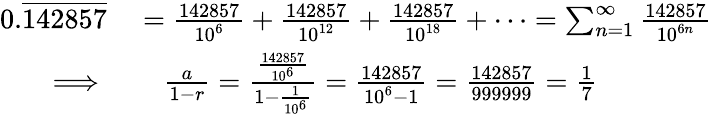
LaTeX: \begin{array}{rl}{0.{\overline{{142857}}}}&{{}={\frac{142857}{10^{6}}}+{\frac{142857}{10^{12}}}+{\frac{142857}{10^{18}}}+\cdots=\sum_{n=1}^{\infty}{\frac{142857}{10^{6n}}}}\\ {\implies}&{{}\quad{\frac{a}{1-r}}={\frac{\frac{142857}{10^{6}}}{1-{\frac{1}{10^{6}}}}}={\frac{142857}{10^{6}-1}}={\frac{142857}{999999}}={\frac{1}{7}}}\end{array}